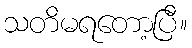
သတိမရတော့ပြီ။